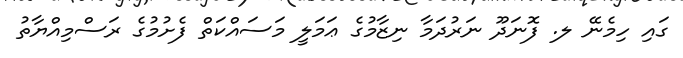
ގައި ހިމެނޭ ލ. ފޮނަދޫ ނަރުދަމާ ނިޒާމުގެ ޢަމަލީ މަސައްކަތް ފެށުމުގެ ރަސްމިއްޔާތު